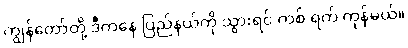
ကျွန်တော်တို့ ဒီကနေ ပြည်နယ်ကို သွားရင် တစ် ရက် ကုန်မယ်။